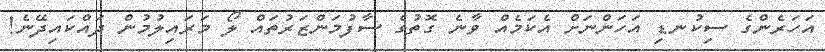
އަހަރެންގެ ސިކުނޑި އަހަންނަށް އެކަމެއް ވާނެ ގޮތުގެ ސާފުމަންޒަރުތައް ލޯ މަރައިލުމުން ދައްކައިދޭނެ!